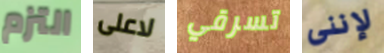
التزم لاعلى تسرقي لإننى